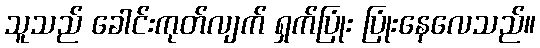
သူသည် ခေါင်းကုတ်လျက် ရှက်ပြုံး ပြုံးနေလေသည်။